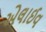
એલાઈવ